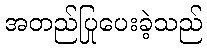
အတည်ပြုပေးခဲ့သည်